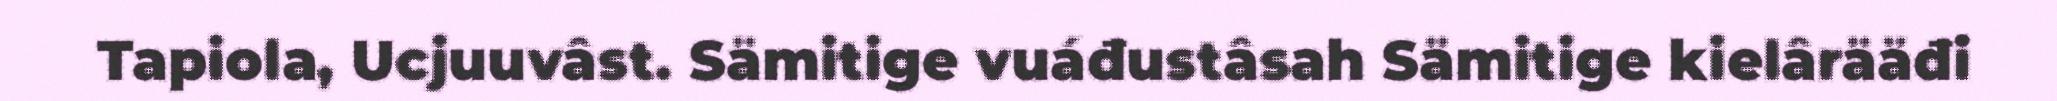
Tapiola, Ucjuuvâst. Sämitige vuáđustâsah Sämitige kielârääđi